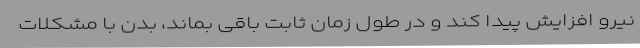
نیرو افزایش پیدا کند و در طول زمان ثابت باقی بماند، بدن با مشکلات